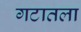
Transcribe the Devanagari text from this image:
गटातला